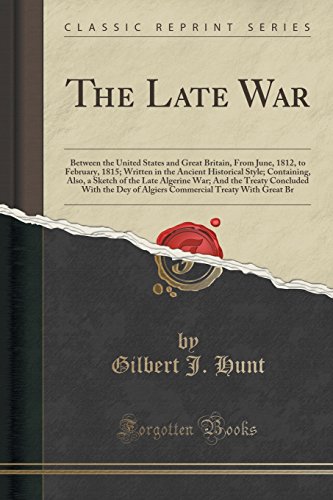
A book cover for The Late War: Between the United States and Great Britain, From June, 1812, to February, 1815; Written in the Ancient Historical Style; Containing, ... With the Dey of Algiers Commercial Treaty; Gilbert J. Hunt; History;